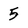
Character: 5